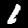
Label: 1